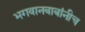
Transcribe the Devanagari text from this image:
भगवानबाबांनीच